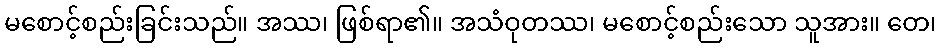
မစောင့်စည်းခြင်းသည်။ အဿ၊ ဖြစ်ရာ၏။ အသံဝုတဿ၊ မစောင့်စည်းသော သူအား။ တေ၊